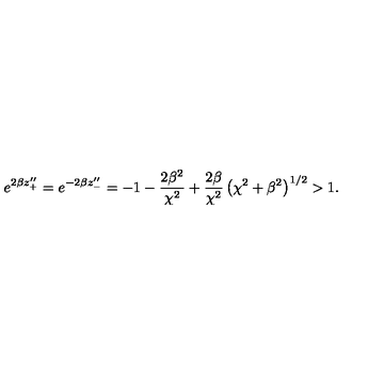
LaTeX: e ^ { 2 \beta z _ { + } ^ { \prime \prime } } = e ^ { - 2 \beta z _ { - } ^ { \prime \prime } } = - 1 - \frac { 2 \beta ^ { 2 } } { \chi ^ { 2 } } + \frac { 2 \beta } { \chi ^ { 2 } } \left( \chi ^ { 2 } + \beta ^ { 2 } \right) ^ { 1 / 2 } > 1 .